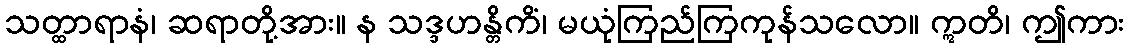
သတ္ထာရာနံ၊ ဆရာတို့အား။ န သဒ္ဒဟန္တိကိံ၊ မယုံကြည်ကြကုန်သလော။ ဣတိ၊ ဤကား